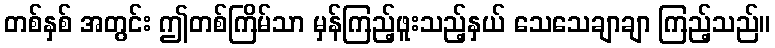
တစ်နှစ် အတွင်း ဤတစ်ကြိမ်သာ မှန်ကြည့်ဖူးသည့်နှယ် သေသေချာချာ ကြည့်သည်။